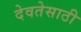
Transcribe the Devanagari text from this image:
देवतेसाठी